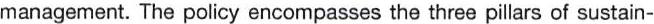
management. The policy encompasses the three pillars of sustain-